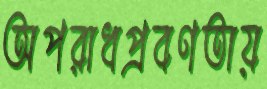
অপরাধপ্রবণতায়